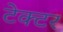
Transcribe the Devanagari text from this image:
टेक्टर